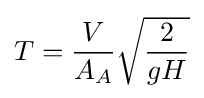
T={\frac {V}{A_{A}}}{\sqrt {\frac {2}{gH}}}